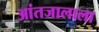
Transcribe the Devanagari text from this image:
आंतजालाला